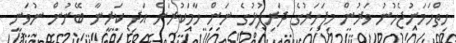
ހިތްހަމަނުޖެހުނު ވަރުން މިފަހަރުގެ ދަރިފުޅުގެ ނަން ހާމަކުރަން އަދި ކަރީނާ ބޭނުން ނުވަނީ